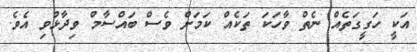
އަކީ ހަގީގަތެއް ނެތް ވާހަކަ ތަކެއް ކަމަށް ވެސް ބައްސާމް ވިދާޅުވި އެވެ.